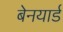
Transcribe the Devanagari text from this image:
बेनयार्ड